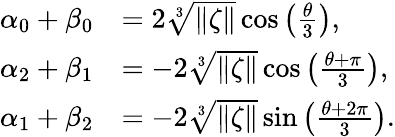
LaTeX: \begin{array}{rl}{\alpha_{0}+\beta_{0}}&{=2\sqrt[3]{\| \zeta\| }\cos{\left(\frac{\theta}{3}\right)},}\\ {\alpha_{2}+\beta_{1}}&{=-2\sqrt[3]{\| \zeta\| }\cos{\left(\frac{\theta+\pi}{3}\right)},}\\ {\alpha_{1}+\beta_{2}}&{=-2\sqrt[3]{\| \zeta\| }\sin{\left(\frac{\theta+2\pi}{3}\right)}.}\end{array}